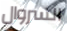
السروال